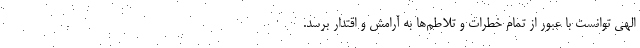
الهی توانست با عبور از تمام خطرات و تلاطم‌ها به آرامش و اقتدار برسد.